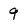
Character: 9